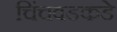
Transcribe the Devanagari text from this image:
चिंचवडकडे